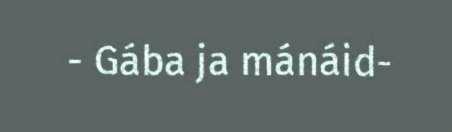
- Gába ja mánáid-